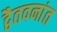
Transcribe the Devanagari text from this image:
द्वैतवनांत